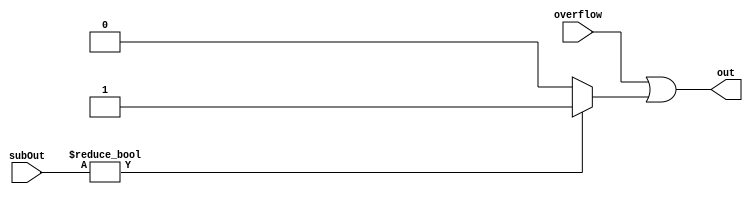
module isNotEqualDetecter(input overflow,
								input [31:0] subOut,
								output out);
	
	wire outIsNotZero;
	
//	not not0(notOverflow, overflow);
	
	assign outIsNotZero = subOut ? 1 : 0;
	
	or or0(out, overflow, outIsNotZero);

endmodule